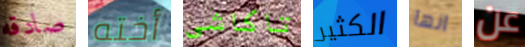
صادقه أخته تاكاشي الكثير انها عن